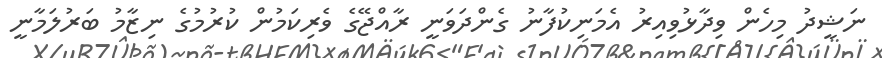
ނަޝީދު މިހެން ވިދާޅުވިއިރު އެމަނިކުފާނު ގެންދަވަނީ ރާއްޖޭގެ ވެރިކަމުން ކުރުމުގެ ނިޒާމު ބަރުލަމާނީ